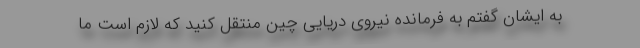
به ایشان گفتم به فرمانده نیروی دریایی چین منتقل کنید که لازم است ما